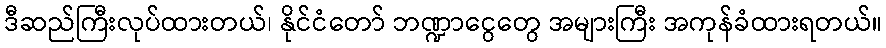
ဒီဆည်ကြီးလုပ်ထားတယ်၊ နိုင်ငံတော် ဘဏ္ဍာငွေတွေ အများကြီး အကုန်ခံထားရတယ်။